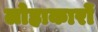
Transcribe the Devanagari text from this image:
लोहाकारों